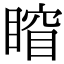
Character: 𥈾